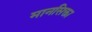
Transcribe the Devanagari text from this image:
मानसिक्ता